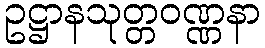
ဥဋ္ဌာနသုတ္တဝဏ္ဏနာ